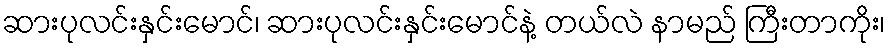
ဆားပုလင်းနှင်းမောင်၊ ဆားပုလင်းနှင်းမောင်နဲ့ တယ်လဲ နာမည် ကြီးတာကိုး၊